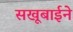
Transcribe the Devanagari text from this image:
सखूबाईने